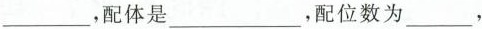
___，配体是___，配位数为___，